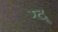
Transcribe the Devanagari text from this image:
ग्द्